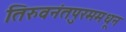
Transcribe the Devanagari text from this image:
तिरुवनंतपुरममधून